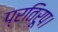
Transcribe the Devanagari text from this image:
प्रतिरूप।